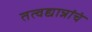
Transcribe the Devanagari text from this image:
तत्वद्यान्नांचं